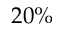
2 0 \%